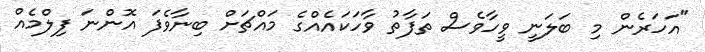
"އަހަރެން މި ބަލަނީ ވީހާވެސް ތަފާތު ވާހަކައެއްގެ މައްޗަށް ބިނާވެފަ އޮންނަ ފިލްމެއް